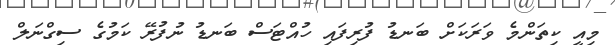
މިއީ ކިތަންމެ ވަރަކަށް ބަނޑު ފުރިފައި ހުއްޓަސް ބަނޑު ނުފުރޭ ކަމުގެ ސިގްނަލް